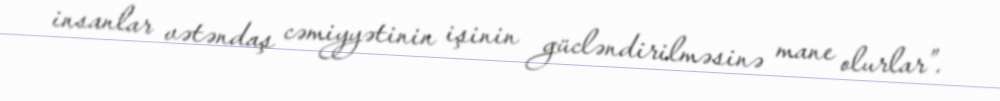
insanlar vətəndaş cəmiyyətinin işinin gücləndirilməsinə mane olurlar”.